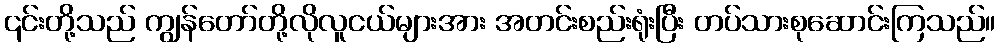
၎င်းတို့သည် ကျွန်တော်တို့လိုလူငယ်များအား အတင်းစည်းရုံးပြီး တပ်သားစုဆောင်းကြသည်။